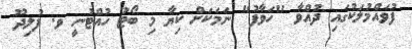
ފުވައްމުލަކުގައި ދުއްވާ "ހަވާފު" ނަމަކަށް ކިޔާ މި ބޯޓު ހުއްޓުނީ ވ. ފުލިދޫ